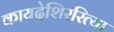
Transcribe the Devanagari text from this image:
कायदेशिररित्या